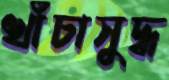
খাঁচাসুদ্ধ